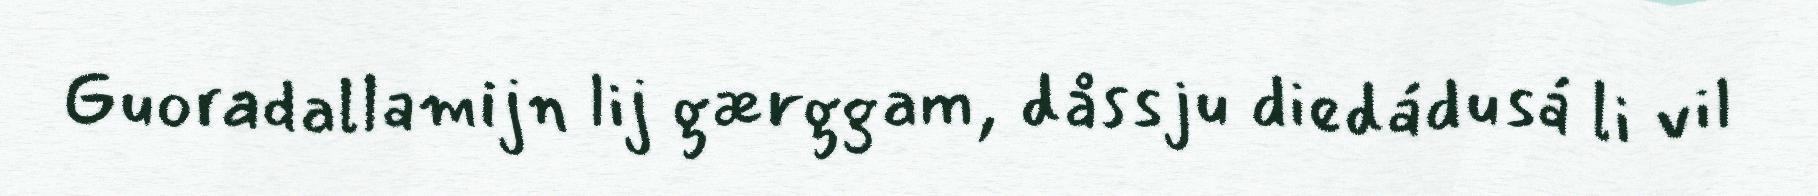
Guoradallamijn lij gærggam, dåssju diedádusá li vil